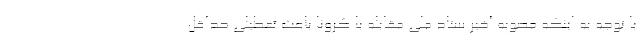
با توجه به اینکه مصوبه اخیر ستاد ملی مقابله با کرونا باعث تعطیلی حداقل